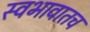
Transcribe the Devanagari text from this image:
स्वभावातच